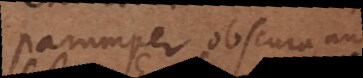
parumper obscura aut